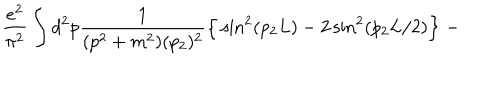
\frac { e ^ { 2 } } { \pi ^ { 2 } } \int d ^ { 2 } p \frac { 1 } { ( p ^ { 2 } + m ^ { 2 } ) ( p _ { 2 } ) ^ { 2 } } \Big \{ \sin ^ { 2 } ( p _ { 2 } L ) - 2 \sin ^ { 2 } ( p _ { 2 } L / 2 ) \Big \} \; -